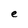
Character: e